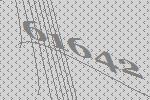
61642